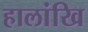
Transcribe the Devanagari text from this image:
हालांखि